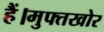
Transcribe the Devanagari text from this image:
हैं।मुफ्तखोर